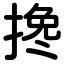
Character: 搀